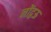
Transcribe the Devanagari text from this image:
नोंद्वऊ